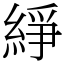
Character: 䋫